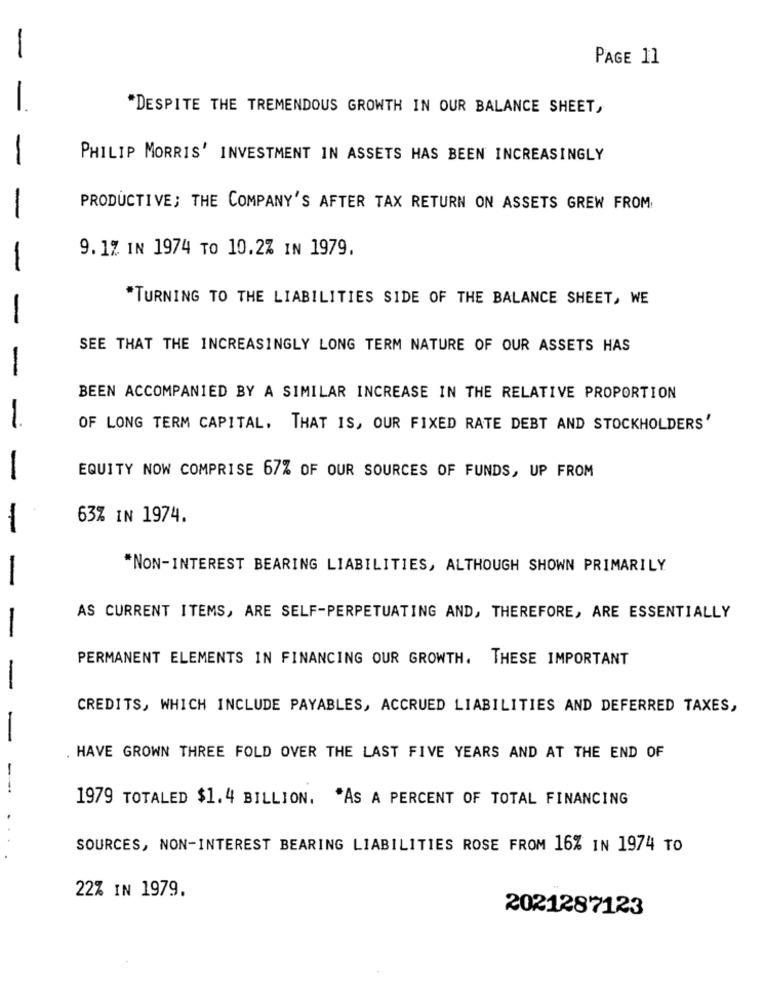
PAGE 11
"DESPITE THE TREMENDOUS GROWTH IN OUR BALANCE SHEET,
PHILIP MORRIS' INVESTMENT IN ASSETS HAS BEEN INCREASINGLY
-
PRODUCTIVE; THE COMPANY'S AFTER TAX RETURN ON ASSETS GREW FROM
-
9.1% IN 1974 TO 10.2% IN 1979.
"TURNING TO THE LIABILITIES SIDE OF THE BALANCE SHEET, WE
SEE THAT THE INCREASINGLY LONG TERM NATURE OF OUR ASSETS HAS
-
BEEN ACCOMPANIED BY A SIMILAR INCREASE IN THE RELATIVE PROPORTION
OF LONG TERM CAPITAL, THAT IS, OUR FIXED RATE DEBT AND STOCKHOLDERS'
EQUITY NOW COMPRISE 67% OF OUR SOURCES OF FUNDS, UP FROM
-
63% IN 1974.
*NON-INTEREST BEARING LIABILITIES, ALTHOUGH SHOWN PRIMARILY
AS CURRENT ITEMS, ARE SELF-PERPETUATING AND, THEREFORE, ARE ESSENTIALLY
PERMANENT ELEMENTS IN FINANCING OUR GROWTH. THESE IMPORTANT
-
CREDITS, WHICH INCLUDE PAYABLES, ACCRUED LIABILITIES AND DEFERRED TAXES,
HAVE GROWN THREE FOLD OVER THE LAST FIVE YEARS AND AT THE END OF
1979 TOTALED $1.4 BILLION. "AS A PERCENT OF TOTAL FINANCING
SOURCES, NON-INTEREST BEARING LIABILITIES ROSE FROM 16% IN 1974 TO
22% IN 1979.
2021287123